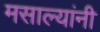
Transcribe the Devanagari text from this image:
मसाल्यांनी